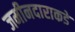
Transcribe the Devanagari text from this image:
जमीनदाराकडे